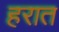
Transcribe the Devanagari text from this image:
हरात